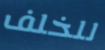
للخلف